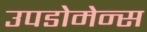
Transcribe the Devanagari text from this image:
उपडोमेन्स